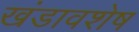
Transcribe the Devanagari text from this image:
खंडावशेष